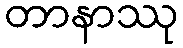
တာနာဿု